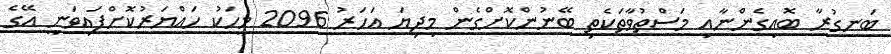
ބަނގުރާ ބޮއިގެންނާއި މަސްތުވާތަކެތި ބޭނުންކޮށްގެން މިދިޔަ އަހަރު 2096 މީހަކު ހައްޔަރުކޮށްފައިވަނީ އޭގެ